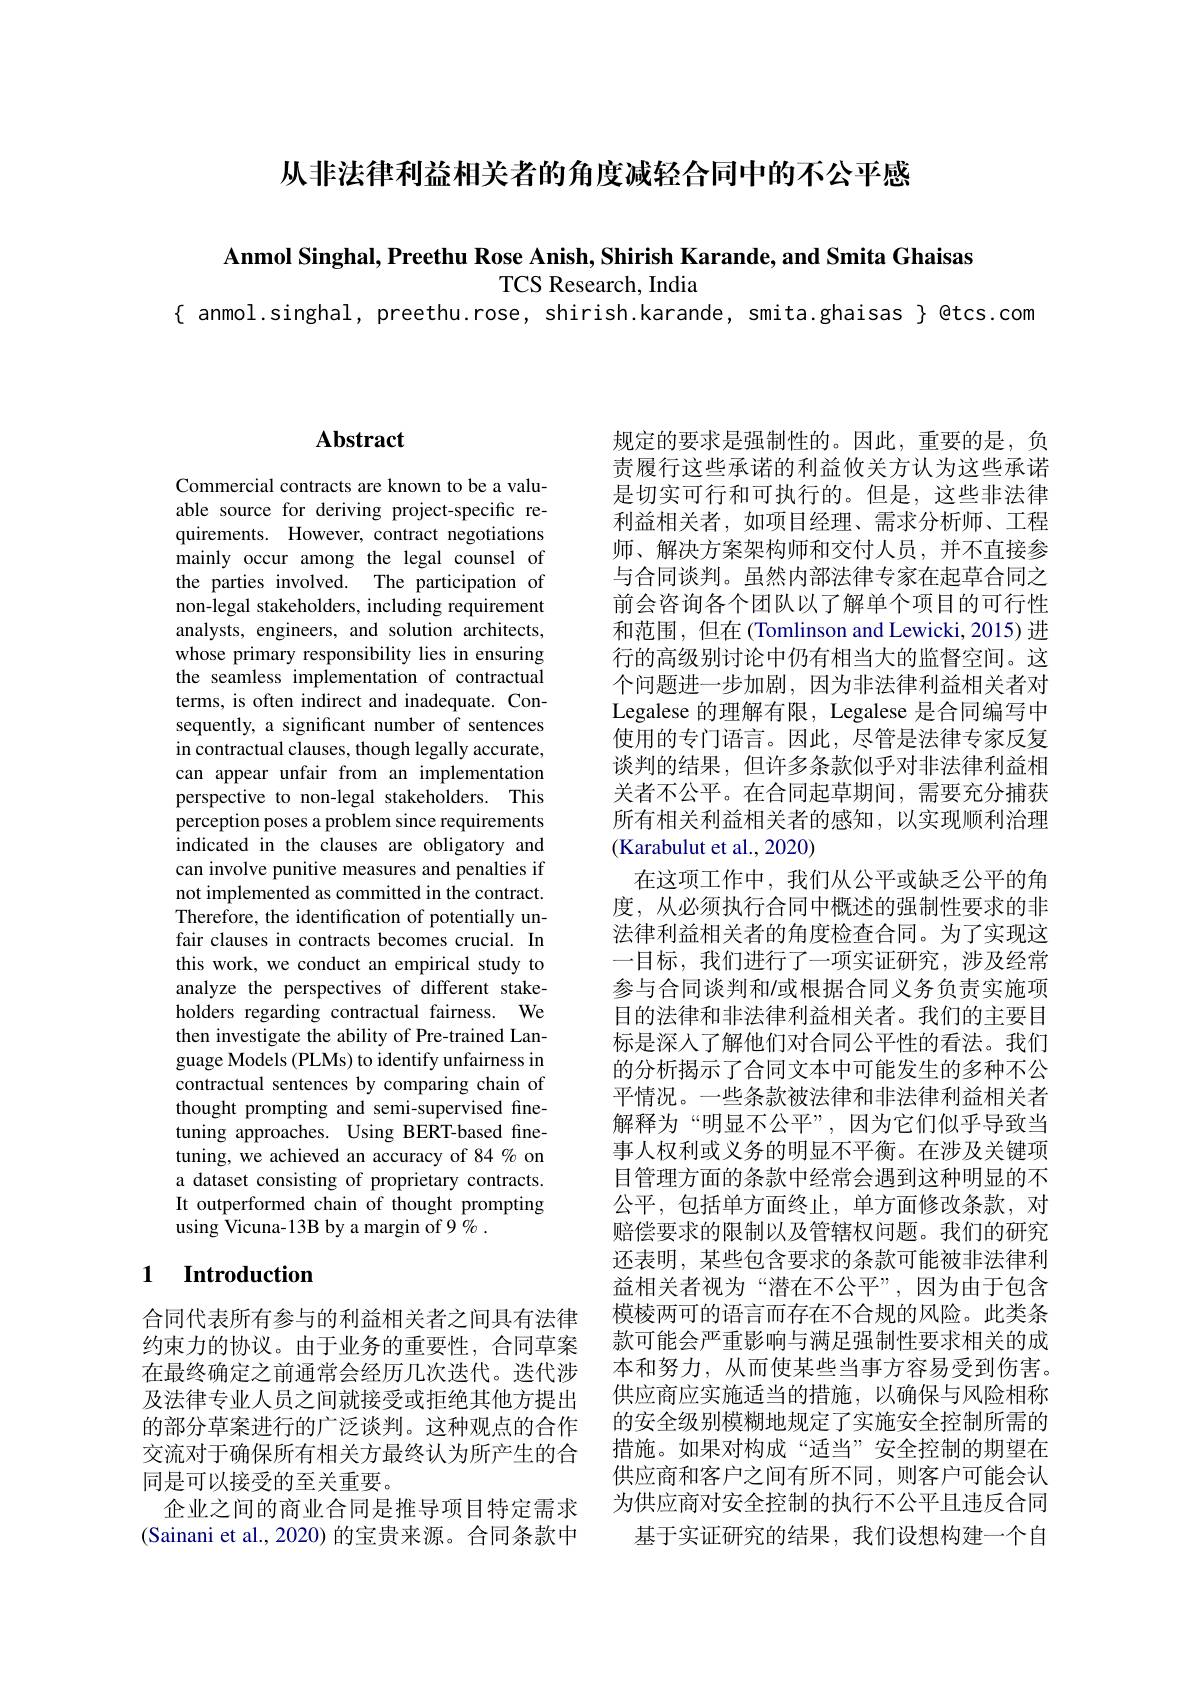
从非法律利益相关者的角度减轻合同中的不公平感

$\textbf{Anmol Singhal, Preethu Rose Anish, Shirish Karande, and Smita Ghaisas}$

TCS Research, India
$\{$ anmol.singhal, preethu.rose, shirish.karande, smita.ghaisas $\}$ @tcs.com

### $\mathbf{Abstract}$

Commercial contracts are known to be a valuable source for deriving project-specific requirements. However, contract negotiations mainly occur among the legal counsel of the parties involved. The participation of non-legal stakeholders, including requirement analysts, engineers, and solution architects, whose primary responsibility lies in ensuring the seamless implementation of contractual terms, is often indirect and inadequate. Consequently, a significant number of sentences in contractual clauses, though legally accurate, can appear unfair from an implementation perspective to non-legal stakeholders. This perception poses a problem since requirements indicated in the clauses are obligatory and can involve punitive measures and penalties if not implemented as committed in the contract. Therefore, the identification of potentially unfair clauses in contracts becomes crucial. In this work, we conduct an empirical study to analyze the perspectives of different stakeholders regarding contractual fairness. We then investigate the ability of Pre-trained Language Models (PLMs) to identify unfairness in contractual sentences by comparing chain of thought prompting and semi-supervised finetuning approaches. Using BERT-based finetuning, we achieved an accuracy of 84% on a dataset consisting of proprietary contracts. It outperformed chain of thought prompting using Vicuna-13B by a margin of 9% .

### 1 $\textbf{Introduction}$

合同代表所有参与的利益相关者之间具有法律约束力的协议。由于业务的重要性，合同草案在最终确定之前通常会经历几次迭代。迭代涉及法律专业人员之间就接受或拒绝其他方提出的部分草案进行的广泛谈判。这种观点的合作交流对于确保所有相关方最终认为所产生的合同是可以接受的至关重要。
企业之间的商业合同是推导项目特定需求(Sainani et al., 2020) 的宝贵来源。合同条款中

规定的要求是强制性的。因此，重要的是，负责履行这些承诺的利益攸关方认为这些承诺是切实可行和可执行的。但是，这些非法律利益相关者，如项目经理、需求分析师、工程师、解决方案架构师和交付人员，并不直接参与合同谈判。虽然内部法律专家在起草合同之前会咨询各个团队以了解单个项目的可行性和范围，但在(Tomlinson and Lewicki, 2015) 进行的高级别讨论中仍有相当大的监督空间。这个问题进一步加剧，因为非法律利益相关者对Legalese 的理解有限，Legalese 是合同编写中使用的专门语言。因此，尽管是法律专家反复谈判的结果，但许多条款似乎对非法律利益相关者不公平。在合同起草期间，需要充分捕获所有相关利益相关者的感知，以实现顺利治理(Karabulut et al., 2020)
在这项工作中，我们从公平或缺乏公平的角度，从必须执行合同中概述的强制性要求的非法律利益相关者的角度检查合同。为了实现这一目标，我们进行了一项实证研究，涉及经常参与合同谈判和/或根据合同义务负责实施项目的法律和非法律利益相关者。我们的主要目标是深人了解他们对合同公平性的看法。我们的分析揭示了合同文本中可能发生的多种不公平情况。一些条款被法律和非法律利益相关者解释为“明显不公平”,因为它们似乎导致当事人权利或义务的明显不平衡。在涉及关键项目管理方面的条款中经常会遇到这种明显的不公平，包括单方面终止，单方面修改条款，对赔偿要求的限制以及管辖权问题。我们的研究还表明，某些包含要求的条款可能被非法律利益相关者视为“潜在不公平”,因为由于包含模棱两可的语言而存在不合规的风险。此类条款可能会严重影响与满足强制性要求相关的成本和努力，从而使某些当事方容易受到伤害。供应商应实施适当的措施，以确保与风险相称的安全级别模糊地规定了实施安全控制所需的措施。如果对构成“适当”安全控制的期望在供应商和客户之间有所不同，则客户可能会认为供应商对安全控制的执行不公平且违反合同
基于实证研究的结果，我们设想构建一个自